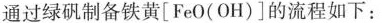
通过绿矾制备铁黄[FeO(OH)]的流程如下：